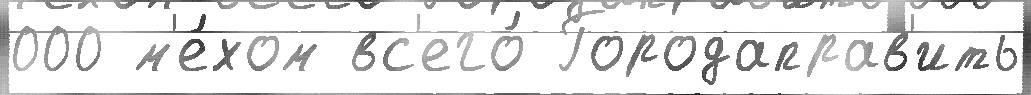
000 м'е́хом вс'его́ Городаправ'ить